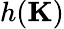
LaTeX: h(\mathbf{K})